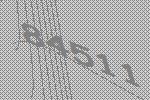
84511